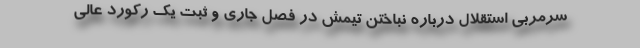
سرمربی استقلال درباره نباختن تیمش در فصل جاری و ثبت یک رکورد عالی